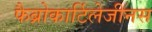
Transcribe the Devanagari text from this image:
फैब्रोकार्टिलेजीनस